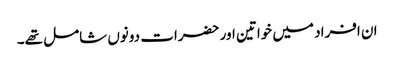
ان افراد میں خواتین اور حضرات دونوں شامل تھے۔